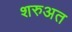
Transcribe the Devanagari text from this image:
शरुअत